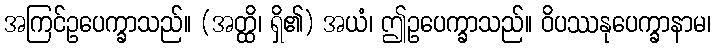
အကြင်ဥပေက္ခာသည်။ (အတ္ထိ၊ ရှိ၏) အယံ၊ ဤဥပေက္ခာသည်။ ဝိပဿနုပေက္ခာနာမ၊